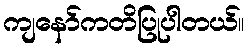
ကျနော်ကတိပြုပါတယ်။